Medical and sanitary report of the native army of Bengal for the year
Year: 1874
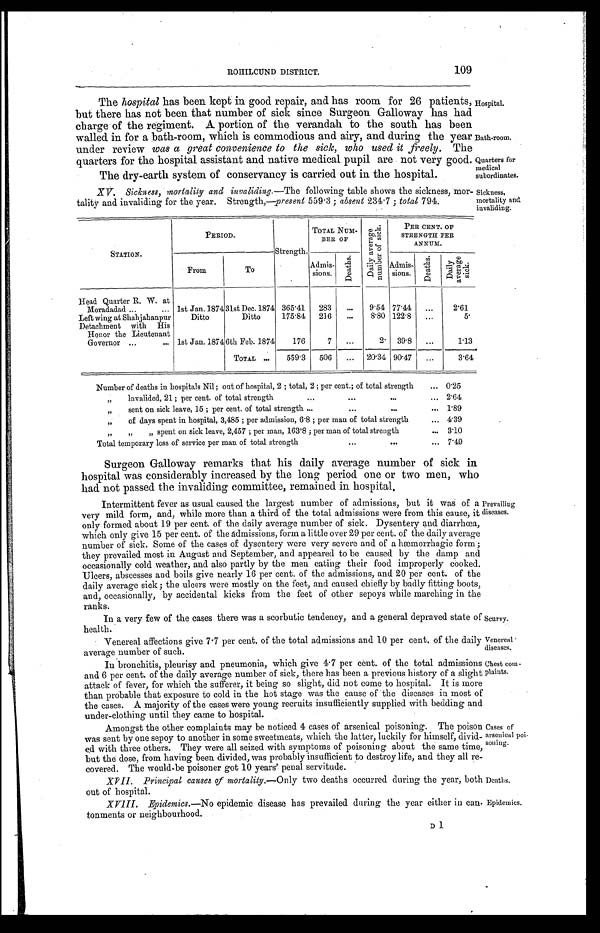
Hospital.
Bath-room.
Quarters for
medical
subordinates.
Sickness,
mortality and
invaliding.
Venereal
diseases.
Chest com
-plaints.
Deaths.
Epidemics.
109
ROHILCUND DISTRICT.
The hospital has been kept in good repair, and has room for 26 patients,
but there has not been that number of sick since Surgeon Galloway has had
charge of the regiment. A portion of the verandah to the south has been
walled in for a bath-room, which is commodious and airy, and during the year
under review was a great convenience to the sick, who used it freely. The
quarters for the hospital assistant and native medical pupil are not very good.
The dry-earth system of conservancy is carried out in the hospital.
XV. Sickness, mortality and invaliding.—The following table shows the sickness, mor
-tality and invaliding for the year. Strength,— present 559.3; absent 234.7; total 794.
STATION.
PERIOD.
Strength.
TOTAL NUM-
BER OF
D a i l y a v e r a g e n u m b e r o f s i c k .
PER CENT. OF
STRENGTH PER
ANNUM.
From
To
Admis-
sions.
D e a t h s .
Admis-
sions.
D e a t h s .
D a i l y a v e r a g e s i c k .
Head Quarter R. W. at
Moradadad . . . 1st Jan. 1874 31st Dec. 1874 365.41
283
. . .
9.54 77.44
. . .
2.61
Left wing at Shahjahanpur
Ditto
Ditto
175.84
216
. . .
8.80 122.8
. . .
5.
Detachment with His
Honor the Lieutenant
Governor . . . 1st Jan. 1874 6th Feb. 1874
176
7
. . .
2.
39.8
. . .
1.13
TOTAL . . .
559.3
506
. . .
20.34 90.47
. . .
3.64
Number of deaths in hospitals Nil; out of hospital, 2; total, 2; per cent.; of total strength . . . 0.25
" invalided, 21; per cent. of total strength . . . 2.64
" sent on sick leave, 15; per cent. of total strength . . . 1.89
" of days spent in hospital, 3,485; per admission, 6.8; per man of total strength . . . 4.39
" " " spent on sick leave, 2,457; per man, 163.8; per man of total strength . . . 3.10
Total temporary loss of service per man of total strength . . . 7.49
Surgeon Galloway remarks that his daily average number of sick in
hospital was considerably increased by the long period one or two men, who
had not passed the invaliding committee, remained in hospital.
Intermittent fever as usual caused the largest number of admissions, but it was of a
very mild form, and, while more than a third of the total admissions were from this cause, it
only formed about 19 per cent. of the daily average number of sick. Dysentery and diarrhœa,
which only give 15 per cent. of the admissions, form a little over 29 per cent. of the daily average
number of sick. Some of the cases of dysentery were very severe and of a hæmorrhagic form;
they prevailed most in August and September, and appeared to be caused by the damp and
occasionally cold weather, and also partly by the men eating their food improperly cooked.
Ulcers, abscesses and boils give nearly 16 per cent. of the admissions, and 20 per cent. of the
daily average sick; the ulcers were mostly on the feet, and caused chiefly by badly fitting boots,
and, occasionally, by accidental kicks from the feet of other sepoys while marching in the
ranks.
In a very few of the cases there was a scorbutic tendency, and a general depraved state of
health.
Prevailing
diseases.
Scurvy.
Venereal affections give 7.7 per cent. of the total admissions and 10 per cent. of the daily
average number of such.
In bronchitis, pleurisy and pneumonia, which give 4.7 per cent. of the total admissions
and 6 per cent. of the daily average number of sick, there has been a previous history of a slight
attack of fever, for which the sufferer, it being so slight, did not come to hospital. It is more
than probable that exposure to cold in the hot stage was the cause of the diseases in most of
the cases. A majority of the cases were young recruits insufficiently supplied with bedding and
under-clothing until they came to hospital.
Amongst the other complaints may be noticed 4 cases of arsenical poisoning. The poison
was sent by one sepoy to another in some sweetmeats, which the latter, luckily for himself, divid
-ed with three others. They were all seized with symptoms of poisoning about the same time,
but the dose, from having been divided, was probably insufficient to destroy life, and they all re
-covered. The would-be poisoner got 10 years' penal servitude.
XVII. Principal causes of mortality.— Only two deaths occurred during the year, both
out of hospital.
XVIII. Epidemics.—No epidemic disease has prevailed during the year either in can
-tonments or neighbourhood.
Cases of
arsenical poi
-soning.
D 1